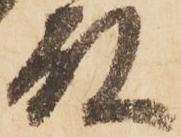
殿